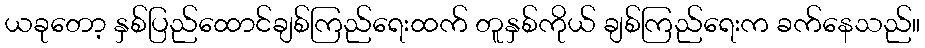
ယခုတော့ နှစ်ပြည်ထောင်ချစ်ကြည်ရေးထက် တူနှစ်ကိုယ် ချစ်ကြည်ရေးက ခက်နေသည်။